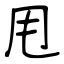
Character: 甩